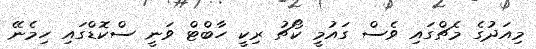
މިއަދުގެ މެޗްގައި ވެސް ގައުމީ ކޯޗު ރިކީ ހާބްޓް ވަނީ ސްކޮޑްގައި ހިމެނޭ